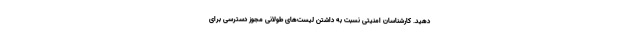
دهید. کارشناسان امنیتی نسبت به داشتن لیست‌های طولانی مجوز دسترسی برای